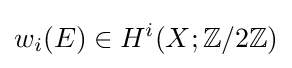
w_{i}(E)\in H^{i}(X;\mathbb {Z} /2\mathbb {Z} )